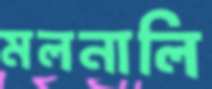
মলনালি